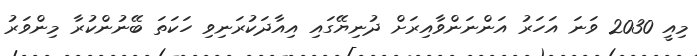
މިއީ 2030 ވަނަ އަހަރު އަންނަންވާއިރަށް ދުނިޔޭގައި އިއާދަކުރަނިވި ހަކަތަ ބޭނުންކުރާ މިންވަރު